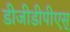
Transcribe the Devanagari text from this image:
डीजीडीपीएस्